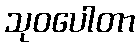
သုဝပေါတာ